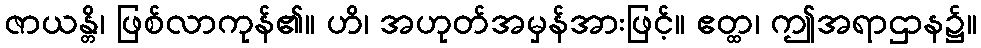
ဇာယန္တိ၊ ဖြစ်လာကုန်၏။ ဟိ၊ အဟုတ်အမှန်အားဖြင့်။ ဧတ္ထ၊ ဤအရာဌာန၌။